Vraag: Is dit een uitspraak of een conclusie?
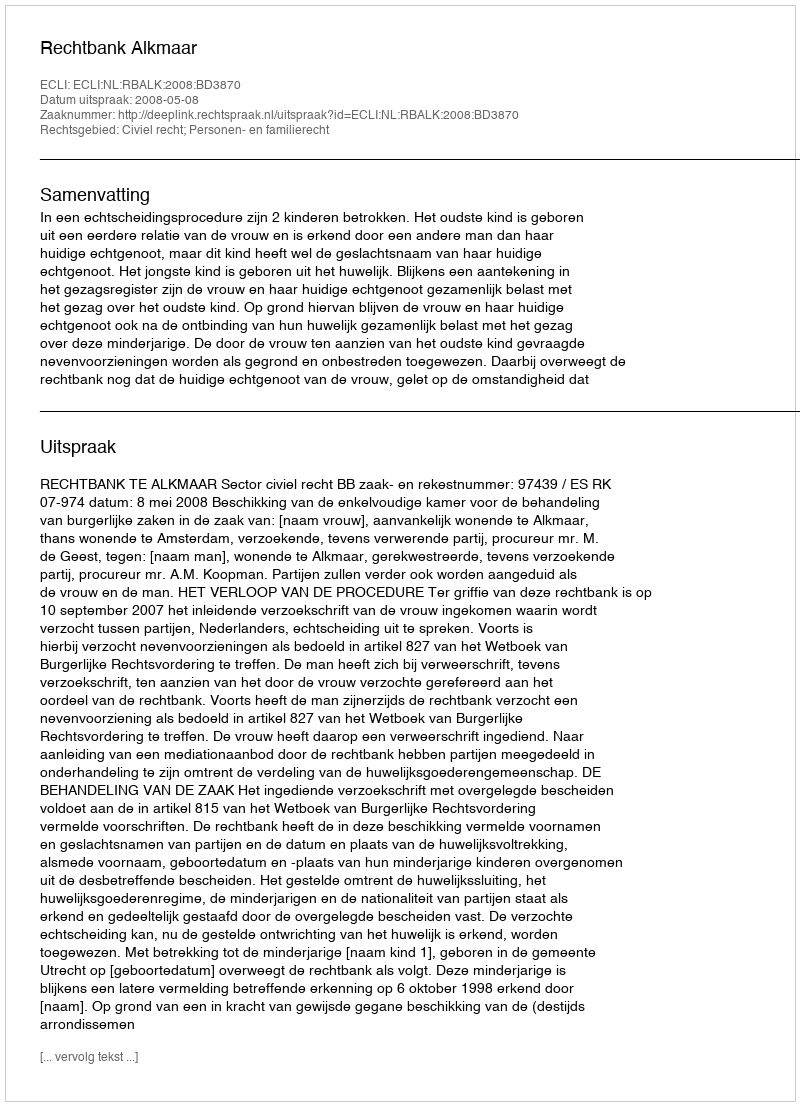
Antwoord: Uitspraak